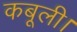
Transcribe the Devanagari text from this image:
कबूली।